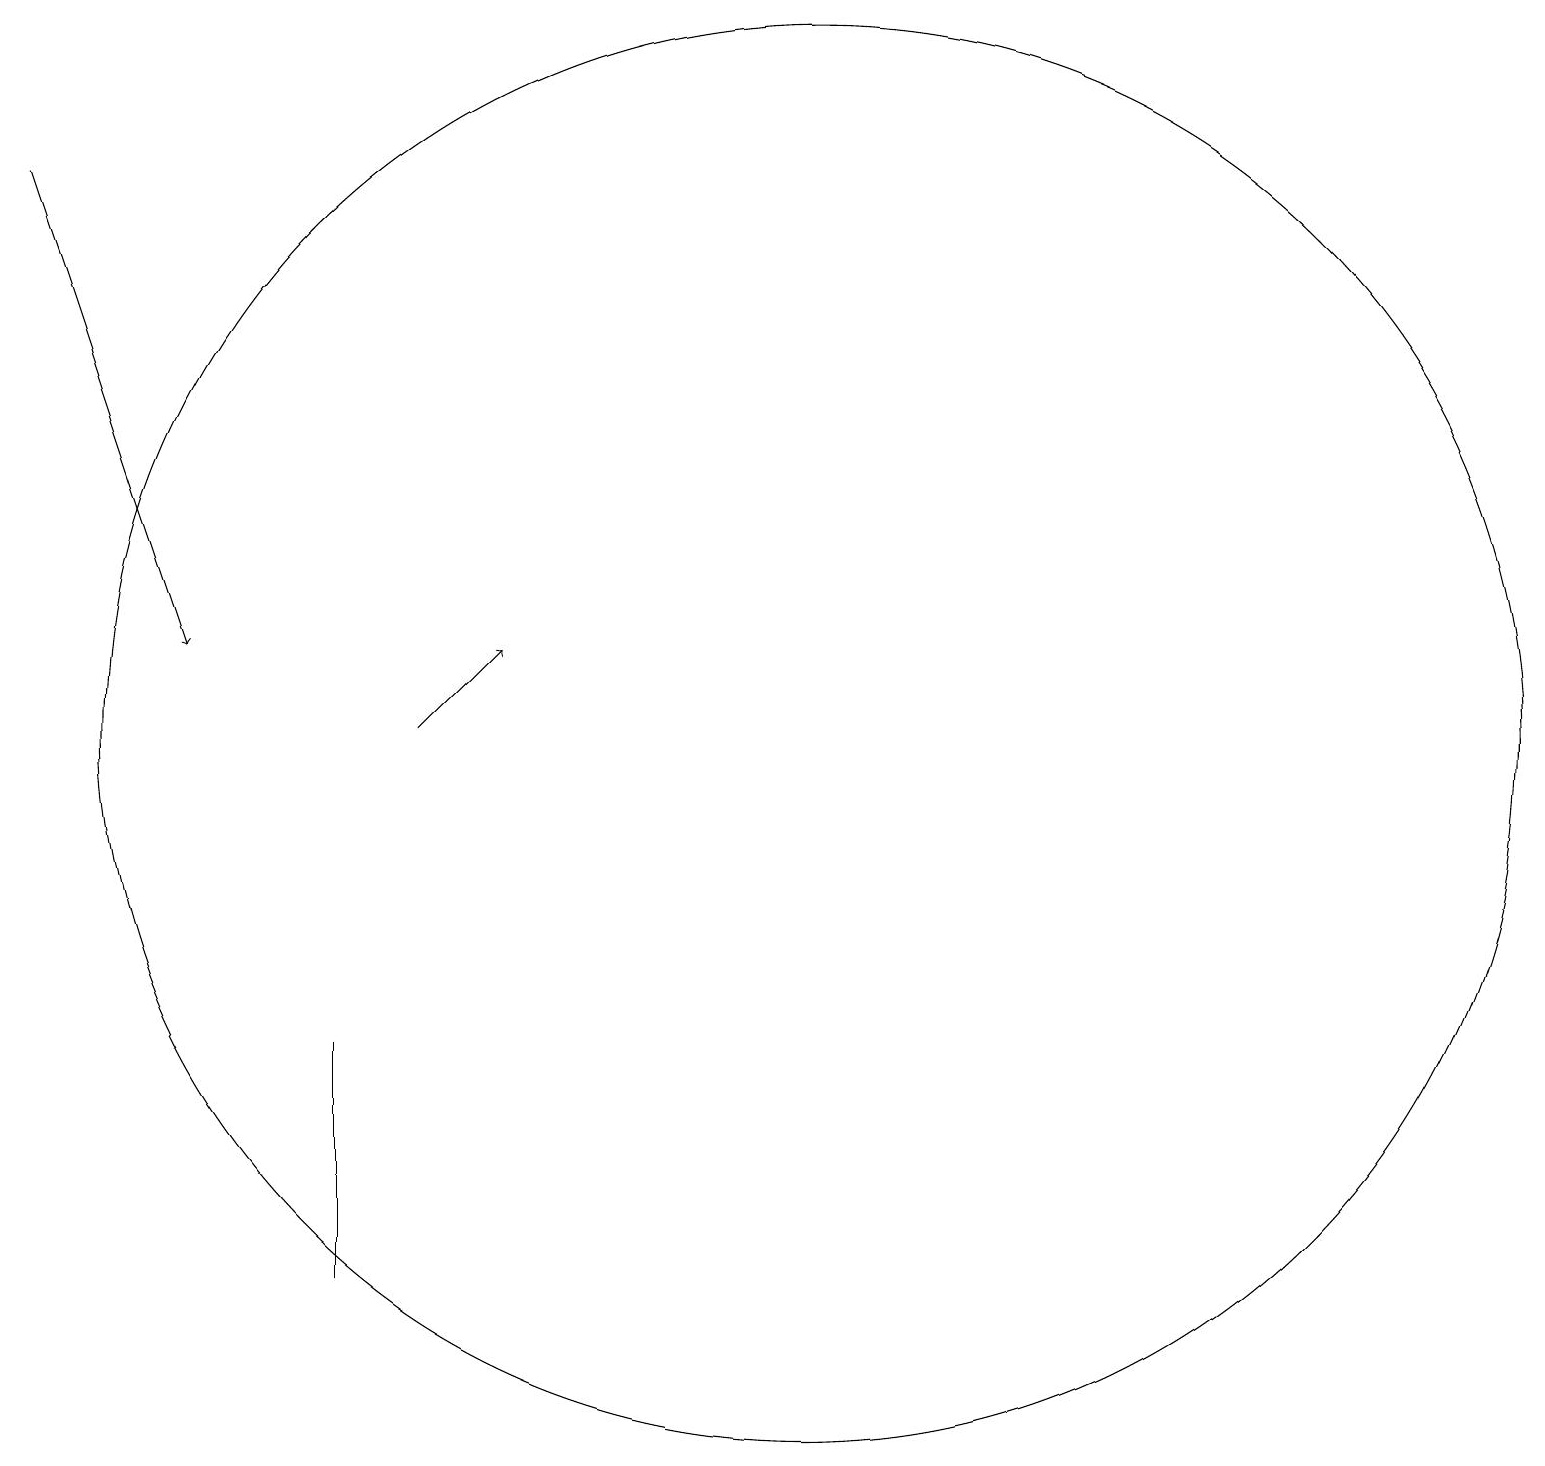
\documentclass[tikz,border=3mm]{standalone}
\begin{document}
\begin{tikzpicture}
\draw[->] (6,11) -- (7,12);
\draw (12,11) circle (0);
\draw (5,7) -- (5,4) -- (5,5) -- cycle;
\draw (11,11) circle (9);
\draw[->] (1,18) -- (3,12);
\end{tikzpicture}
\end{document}